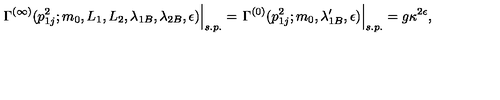
\left. \Gamma ^ { ( \infty ) } ( p _ { 1 j } ^ { 2 } ; m _ { 0 } , L _ { 1 } , L _ { 2 } , \lambda _ { 1 B } , \lambda _ { 2 B } , \epsilon ) \right| _ { s . p . } = \left. \Gamma ^ { ( 0 ) } ( p _ { 1 j } ^ { 2 } ; m _ { 0 } , \lambda _ { 1 B } ^ { \prime } , \epsilon ) \right| _ { s . p . } = g \kappa ^ { 2 \epsilon } ,